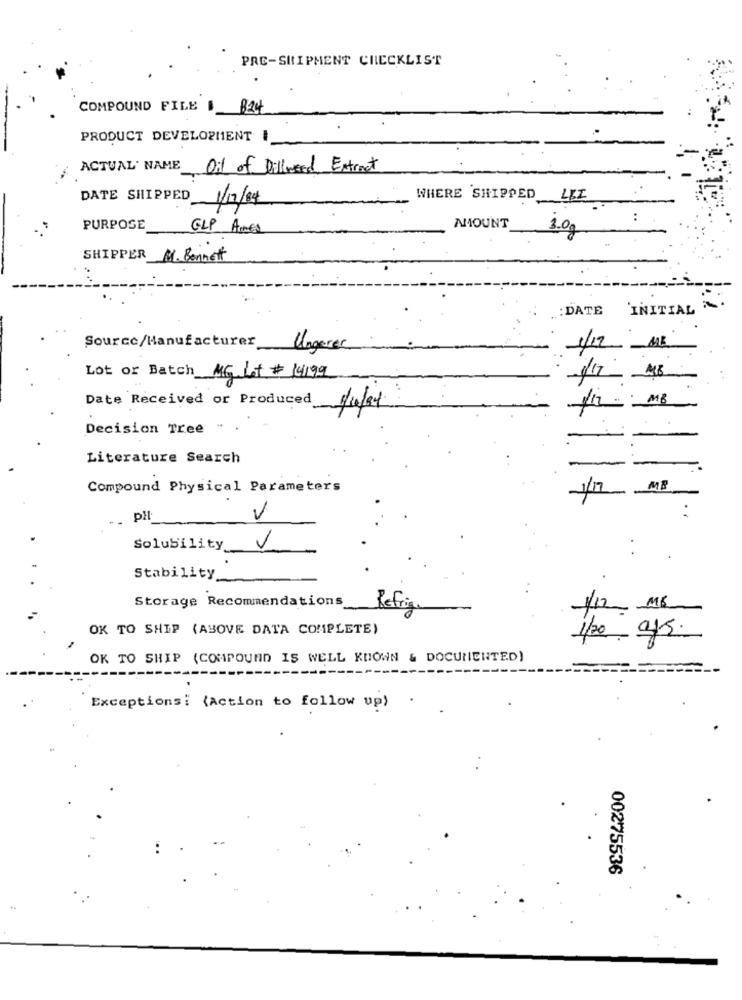
PRE-SHIPMENT CHECKLIST
COMPOUND FILE
B24
PRODUCT DEVELOPMENT I
ACTUAL NAME Oil of Dillweed Extract
DATE SHIPPED 1/17/84
WHERE SHIPPED LEI
10
PURPOSE
GLP Aimes
NIOUNT
SHIPPER M. Bennett
:DATE
INITIAL
Source/Manufacturer_
Ungerer
1/12
Lot or Batch MG Let # 14199
Date Received or Produced
Decision Tree "
.
Literature Search
-
-
Compound Physical Parameters
MP
PH
V
Solubility
Stability
Storage Recommendations
_Refrig
OK TO SHIP (ABOVE DATA COMPLETE)
OK TO SHIP (COMPOUND IS WELL KNOWN & DOCUMENTED)
Exceptionsi (Action to follow up) .
00275536